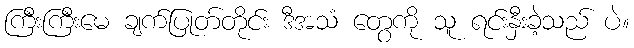
ကြီးကြီးမေ ချက်ပြုတ်တိုင်း ဒီအသံ တွေကို သူ ရင်းနှီးခဲ့သည် ပဲ။